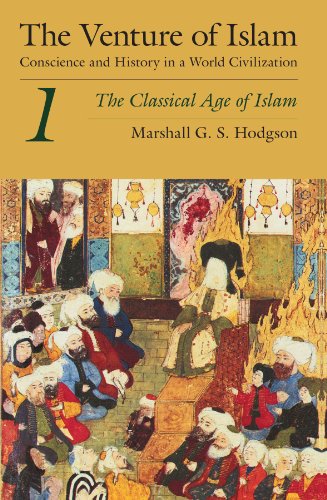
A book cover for The Venture of Islam, Volume 1: The Classical Age of Islam; Marshall G. S. Hodgson; Religion & Spirituality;